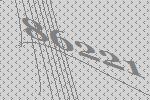
86221